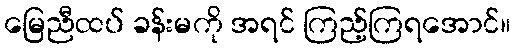
မြေညီထပ် ခန်းမကို အရင် ကြည့်ကြရအောင်။